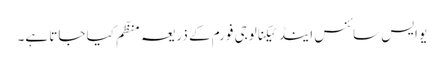
یو ایس سائنس اینڈ ٹیکنالوجی فورم کے ذریعہ منظّم کیا جاتا ہے۔